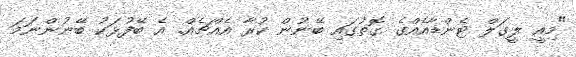
"މިއީ ލީގަލް ޓެންޑާއެއްގެ ގޮތުގައި ބޭނުން ކުރާ އެއްޗެއް. އެ ބޭފުޅަކު ބޭނުންނަމަ